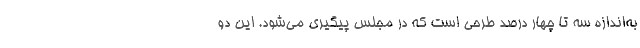
به‌اندازه سه تا چهار درصد طرحی است که در مجلس پیگیری می‌شود. این دو